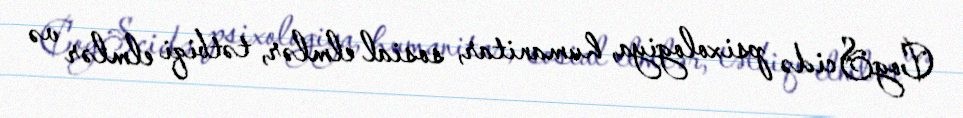
CogScidə psixologiya, humanitar, sosial elmlər, tətbiqi elmlər və